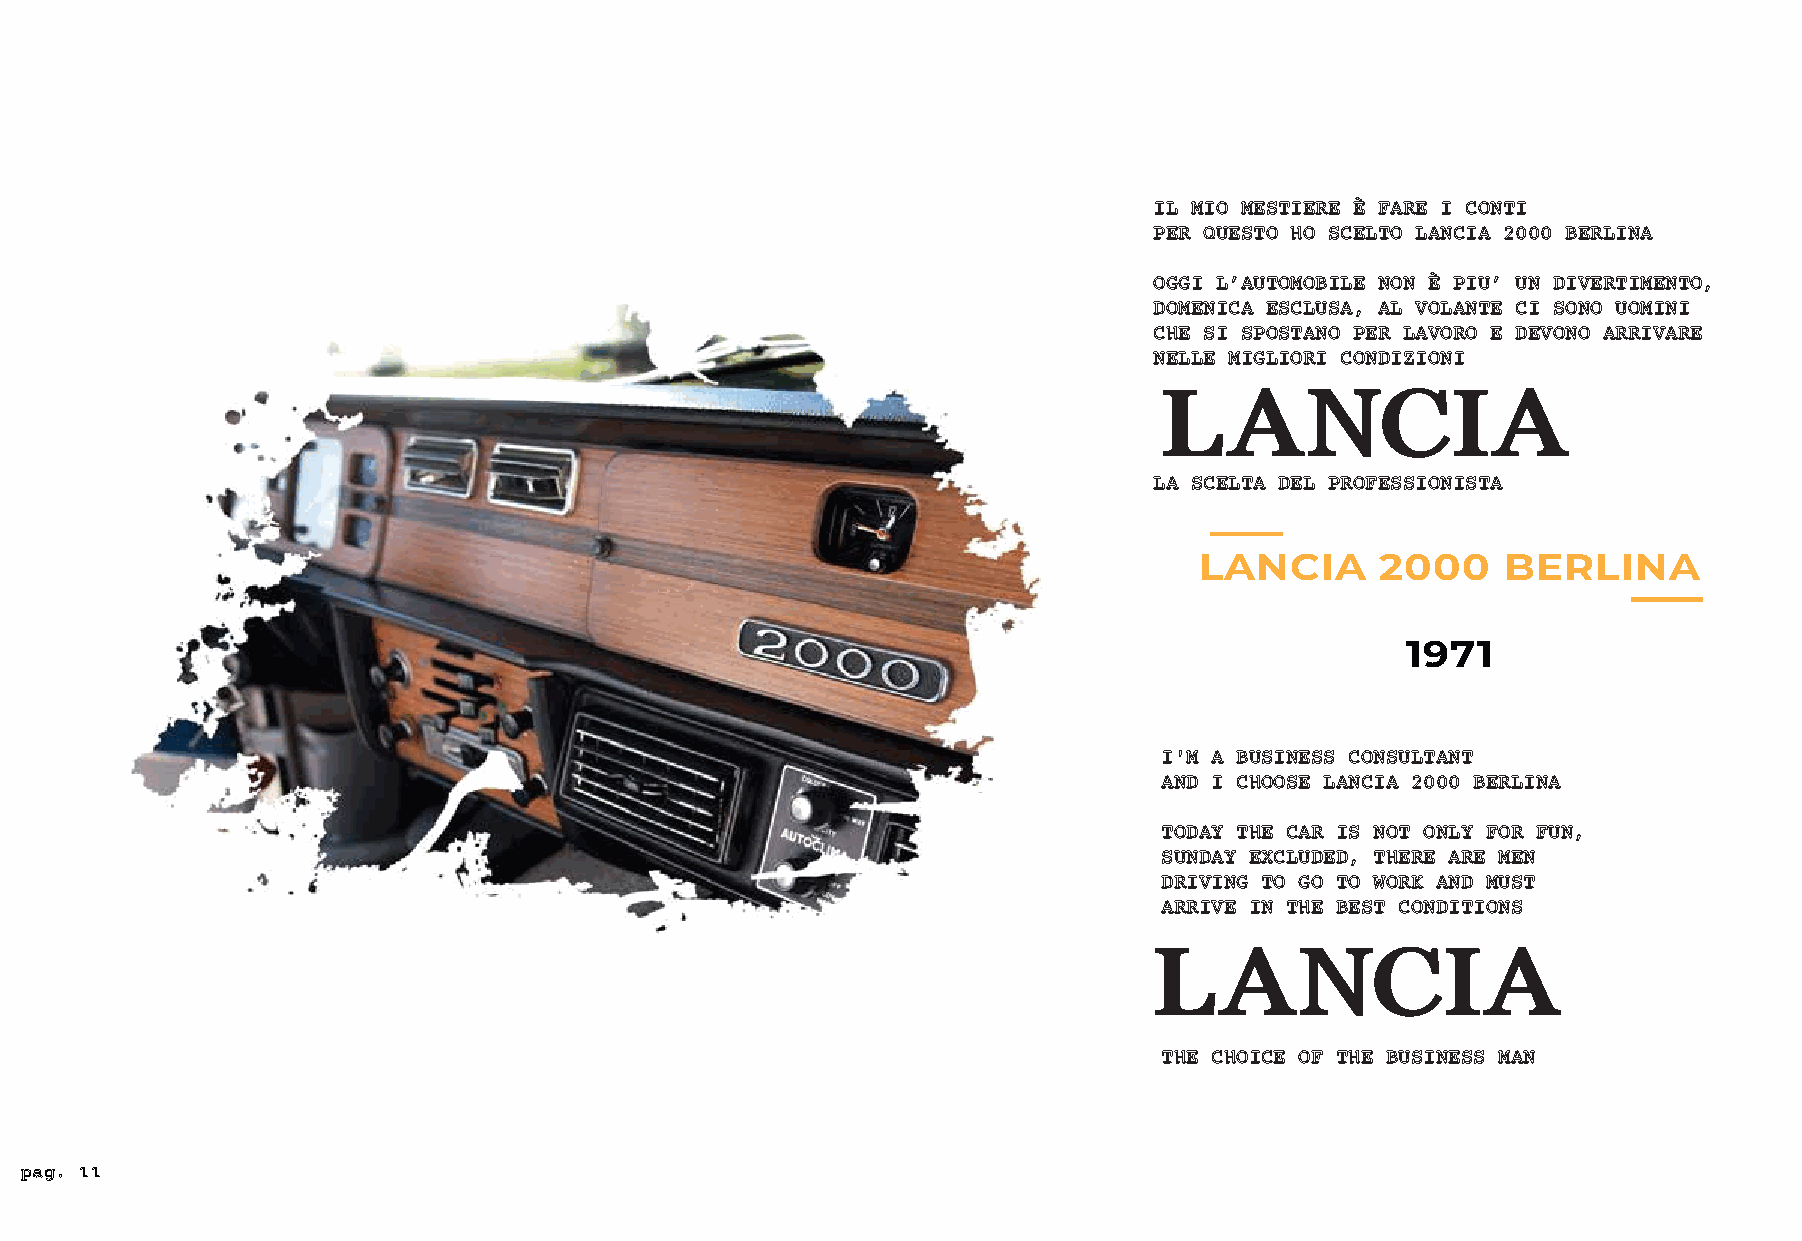
IL MIO MESTIERE È FARE I CONTI
 PER QUESTO HO SCELTO LANCIA 2000 BERLINA
 OGGI L’AUTOMOBILE NON È PIU’ UN DIVERTIMENTO,
 DOMENICA ESCLUSA, AL VOLANTE CI SONO UOMINI
 CHE SI SPOSTANO PER LAVORO E DEVONO ARRIVARE
 NELLE MIGLIORI CONDIZIONI
 LANCIA
 LA SCELTA DEL PROFESSIONISTA
 LANCIA      2000     BERLINA
 1971
 I'M A BUSINESS CONSULTANT
 AND I CHOOSE LANCIA 2000 BERLINA
 TODAY THE CAR IS NOT ONLY FOR FUN,
 SUNDAY EXCLUDED, THERE ARE MEN
 DRIVING TO GO TO WORK AND MUST
 ARRIVE IN THE BEST CONDITIONS
 LANCIA
 THE CHOICE OF THE BUSINESS MAN
 pag. 11